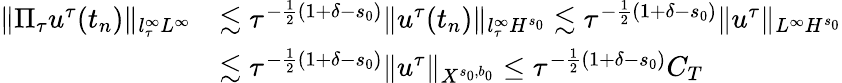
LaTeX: \begin{array}{rl}{\| \Pi_{\tau}u^{\tau}(t_{n})\| _{l_{\tau}^{\infty}L^{\infty}}}&{\lesssim\tau^{-{\frac{1}{2}}(1+\delta-s_{0})}\| u^{\tau}(t_{n})\| _{l_{\tau}^{\infty}H^{s_{0}}}\lesssim\tau^{-{\frac{1}{2}}(1+\delta-s_{0})}\| u^{\tau}\| _{L^{\infty}H^{s_{0}}}}\\ &{\lesssim\tau^{-{\frac{1}{2}}(1+\delta-s_{0})}\| u^{\tau}\| _{X^{s_{0},b_{0}}}\leq\tau^{-{\frac{1}{2}}(1+\delta-s_{0})}C_{T}}\end{array}